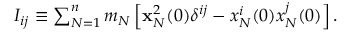
\begin{array} { r } { I _ { i j } \equiv \sum _ { N = 1 } ^ { n } m _ { N } \left[ { \bf x } _ { N } ^ { 2 } ( 0 ) \delta ^ { i j } - x _ { N } ^ { i } ( 0 ) x _ { N } ^ { j } ( 0 ) \right] . } \end{array}